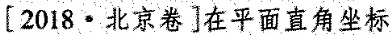
[2018 · 北京卷]在平面直角坐标